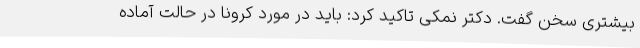
بیشتری سخن گفت. دکتر نمکی تاکید کرد: باید در مورد کرونا در حالت آماده